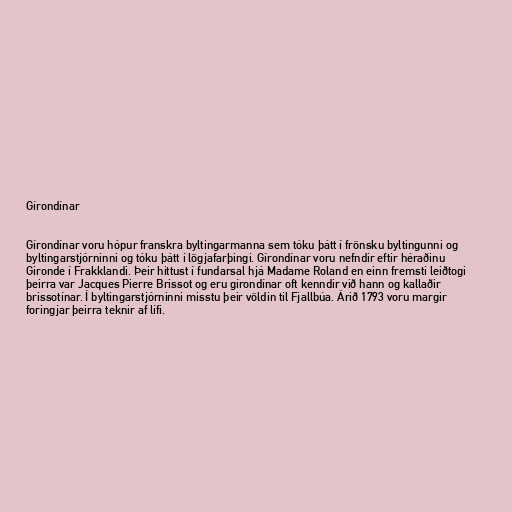
Gírondínar

Gírondínar voru hópur franskra byltingarmanna sem tóku þátt í frönsku byltingunni og
byltingarstjórninni og tóku þátt í lögjafarþingi. Gírondínar voru nefndir eftir héraðinu
Gironde í Frakklandi. Þeir hittust í fundarsal hjá Madame Roland en einn fremsti leiðtogi
þeirra var Jacques Pierre Brissot og eru gírondínar oft kenndir við hann og kallaðir
brissotínar. Í byltingarstjórninni misstu þeir völdin til Fjallbúa. Árið 1793 voru margir
foringjar þeirra teknir af lífi.